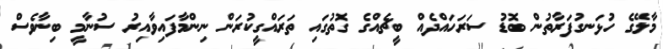
މާލޭގެ ހުޅަނގުފަރާތުން ބޮޑު ސަރަހައްދެއް ބީޗެއްގެ ގޮތުގައި ތަރައްގީކުރަން ނިންމާފައިވާއިރު ސުނާމީ ބިނާވެސް